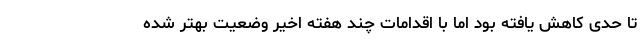
تا حدی کاهش یافته بود اما با اقدامات چند هفته اخیر وضعیت بهتر شده